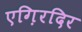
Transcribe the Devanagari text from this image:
एग़िरदिर